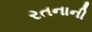
રતનાની